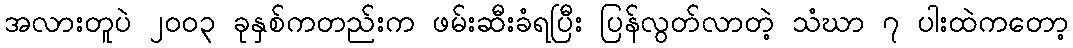
အလားတူပဲ ၂၀၀၃ ခုနှစ်ကတည်းက ဖမ်းဆီးခံရပြီး ပြန်လွတ်လာတဲ့ သံဃာ ၇ ပါးထဲကတော့